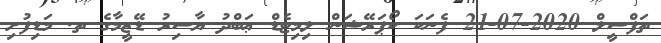
ތަފްސީލް 2020-07-21 ފެނަކަ ކޯޕަރޭޝަން ލިމިޓެޑް ޢަބްދު ޔާސިރު ޑޭޒީމާގެ ތ. މަޑިފުށި